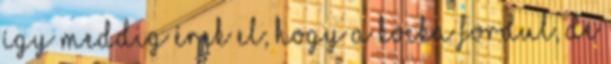
így meddig érek el; hogy a kocka fordul, de